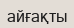
айғақты